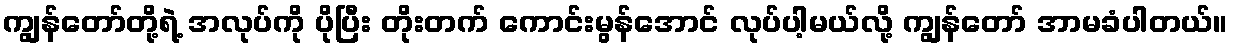
ကျွန်တော်တို့ရဲ့ အလုပ်ကို ပိုပြီး တိုးတက် ကောင်းမွန်အောင် လုပ်ပါ့မယ်လို့ ကျွန်တော် အာမခံပါတယ်။